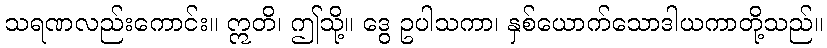
သရဏလည်းကောင်း။ ဣတိ၊ ဤသို့။ ဒွေ ဥပါသကာ၊ နှစ်ယောက်သောဒါယကာတို့သည်။